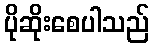
ပိုဆိုးစေပါသည်